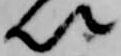
以